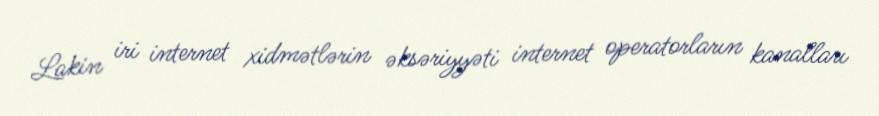
Lakin iri internet xidmətlərin əksəriyyəti internet operatorların kanalları